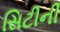
સિટીની